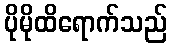
ပိုမိုထိရောက်သည်